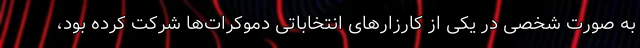
به صورت شخصی در یکی از کارزارهای انتخاباتی دموکرات‌ها شرکت کرده بود،